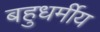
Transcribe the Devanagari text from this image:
बहुधर्मीय